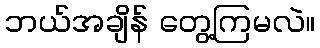
ဘယ်အချိန် တွေ့ကြမလဲ။